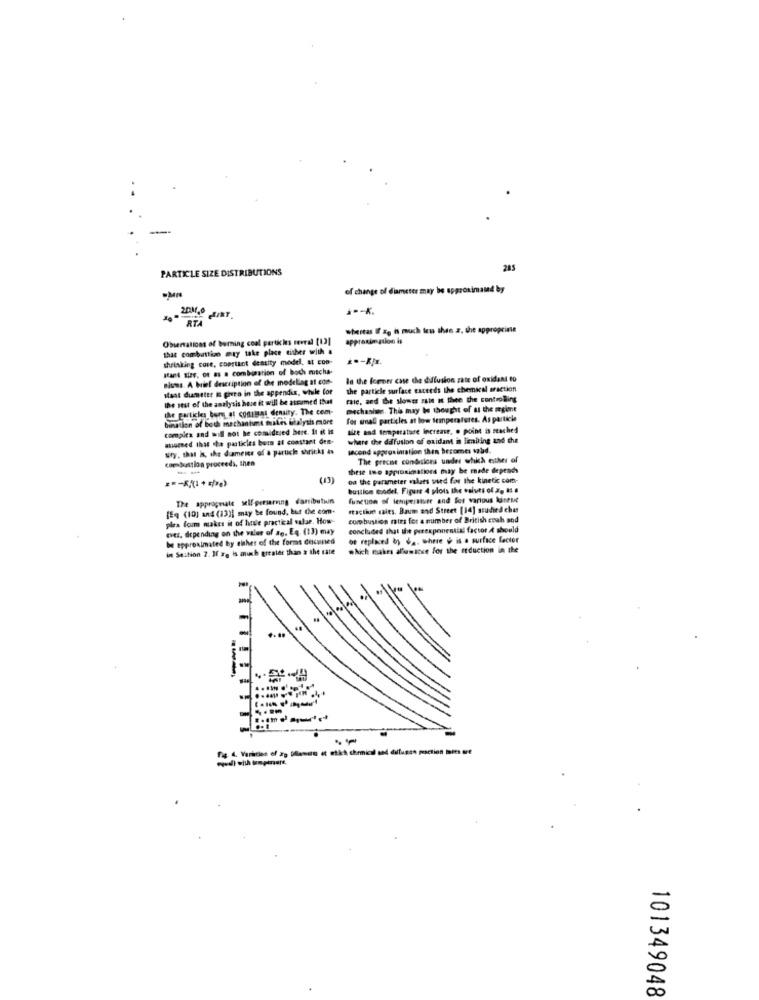
PARTICLE SIZE DISTRIBUTIONS
285
of change of diameter may be approximand by
*-- K.
RTA
whereas If zy is much teu then z. the approprime
Observations of boring coal partikies seveal [12]
approximation is
that combattion may take place either with a
shrinking core, coprtant density model, at con-
MAPA Size, of as a combination of boch mitcha-
Bises. A brief description of chie modelling at con-
In the former case the diffusion zate of oxidant eo
staat dumeter is greeo in the appendix, while for
the particle surface exceeds the chemical sraction
the rest of the analysis hose it will be assumed that
rie, and the slowes sale at thee the controlling
the particles borg at contient density. The com-
mechaniun. This may be thought of as the megint
bination of both mechaniunt males utalysis more
for small particles at low temperatures. As particle
compica and will not be considered bere. It it is
size and temperature Increase, . point is reached
atomned that the particles bors at constant dem.
where their diffusion of oxidant in liebling and the
sify, that is, the dameise of a particle shricks is
cond approximation then becomes sald.
combustion proceeds, then
The precise conditions under which eiber of
these ino approximations may be made depends
(3)
od the parameter values used for the kinetic com-
bustion model. Figure 4 plots the values of x, 81
The appropriate self-persaring dasibutin
function of temperature and for various kontext
(Eq (10) and (13)] may be found, but the com.
faction caies. Baum and Street [14] studied ches
plea foum makes it of handle practical valse. How
combustion mies for a number of British coah and
ever. depending on the value of de. Ea. (13) may
concluded that the perexponential factor i should
be approximated by either of the forms discussed
be replaced by 6 ,. where ú is a surface lector
in Section 2. If #. is much greater than a the rate
which makes allowscse for the reduction in the
....
Fig. 4. Varities of 39 Blanco et etkt chemical and dilfuges posction bits of
101349048